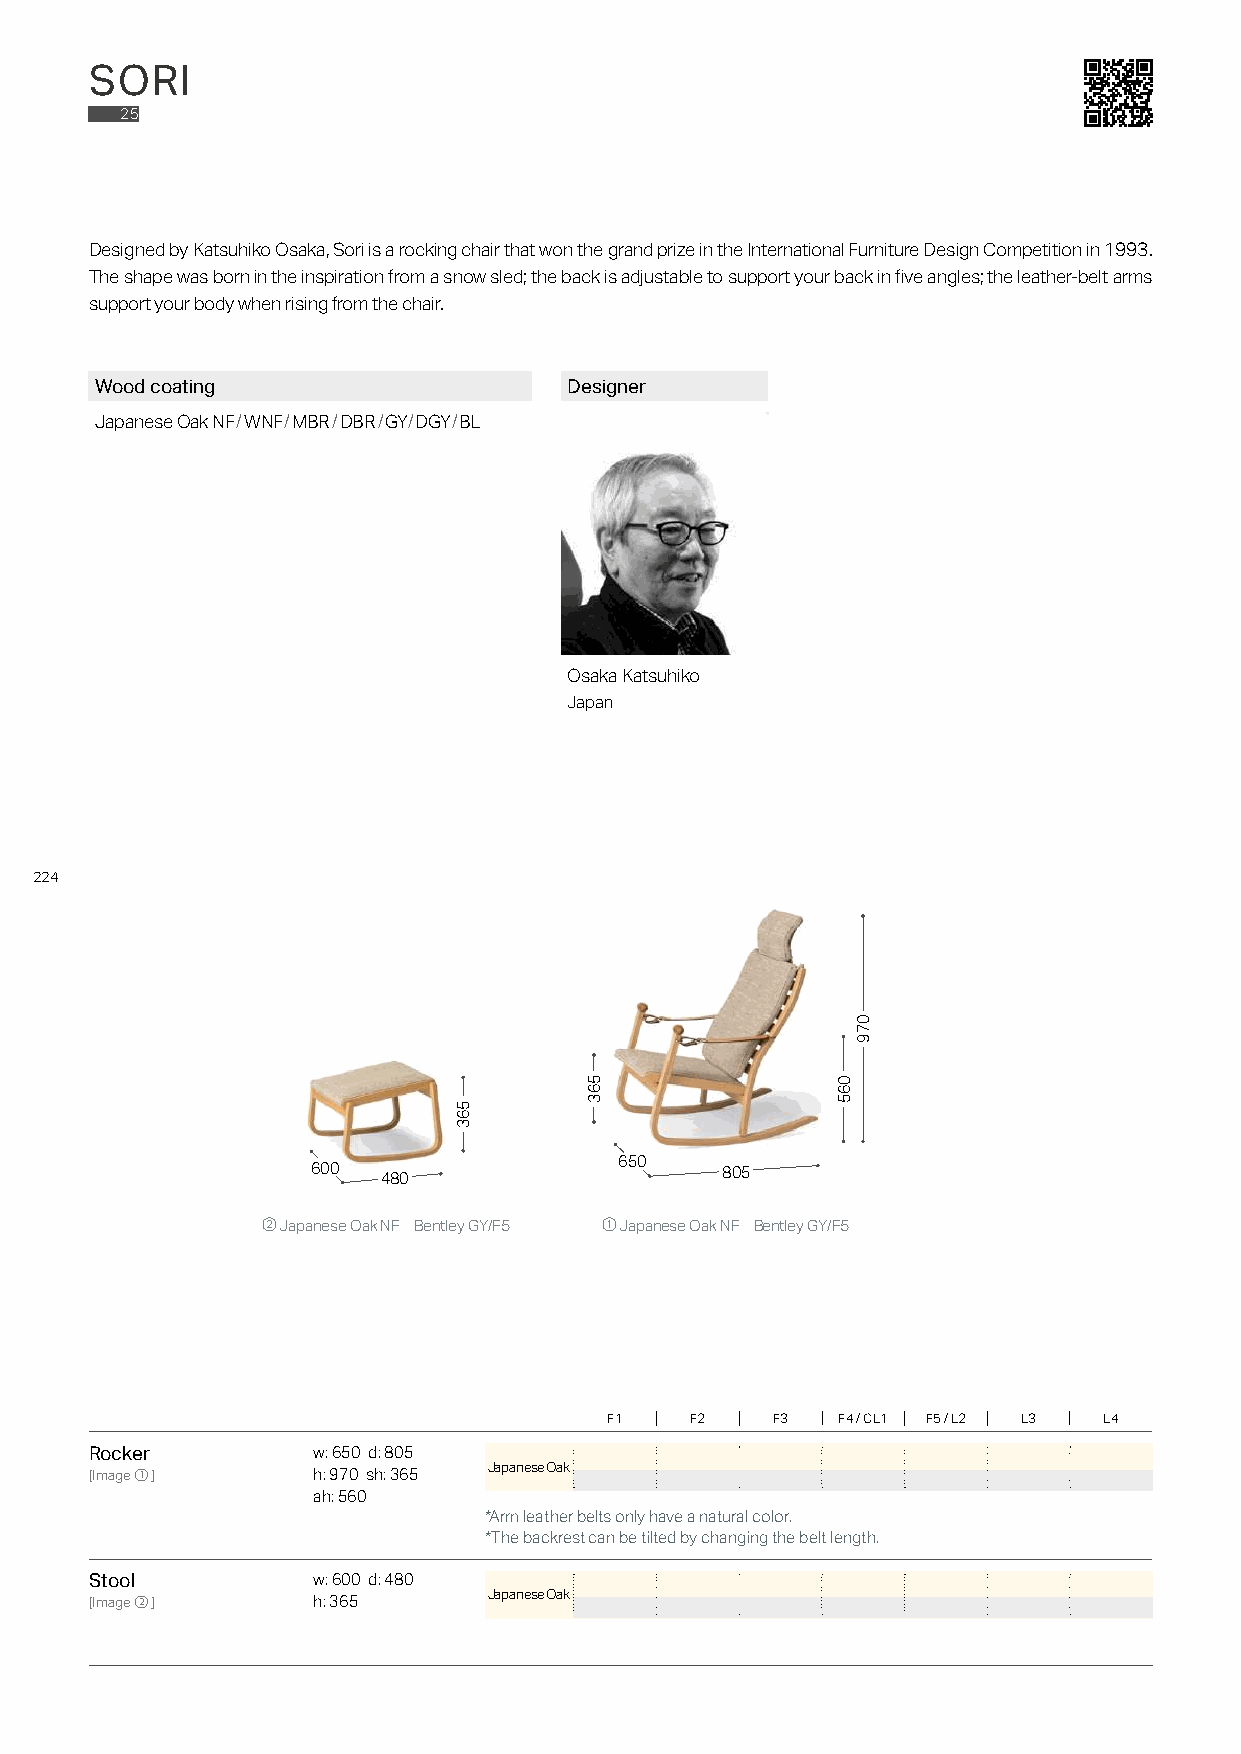
SORI
 25
 Designed by Katsuhiko Osaka, Sori is a rocking chair that won the grand prize in the International Furniture Design Competition in 1993.
 The shape was born in the inspiration from a snow sled; the back is adjustable to support your back in five angles; the leather-belt arms
 support your body when rising from the chair.
 Wood coating                    Designer
 Japanese Oak NF/WNF/MBR/DBR/GY/DGY/BL
 Osaka Katsuhiko
 Japan
 224
 650
 600 480                    805
 ② Japanese Oak NF Bentley GY/F5 ① Japanese Oak NF Bentley GY/F5
 F1    F2   F3  F4 / CL1 F5 / L2 L3 L4
 Rocker         w: 650 d: 805
 Japanese Oak
 [Image①]       h: 970 sh: 365
 ah: 560
 *Arm leather belts only have a natural color.
 *The backrest can be tilted by changing the belt length.
 Stool          w: 600 d: 480
 Japanese Oak
 [Image②]       h: 365
 563
 563             065
 079